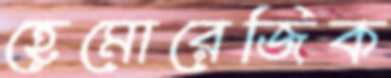
হেমোরেজিক